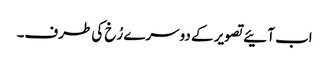
اب آئیے تصویر کے دوسرے رُخ کی طرف۔